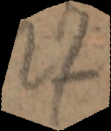
27